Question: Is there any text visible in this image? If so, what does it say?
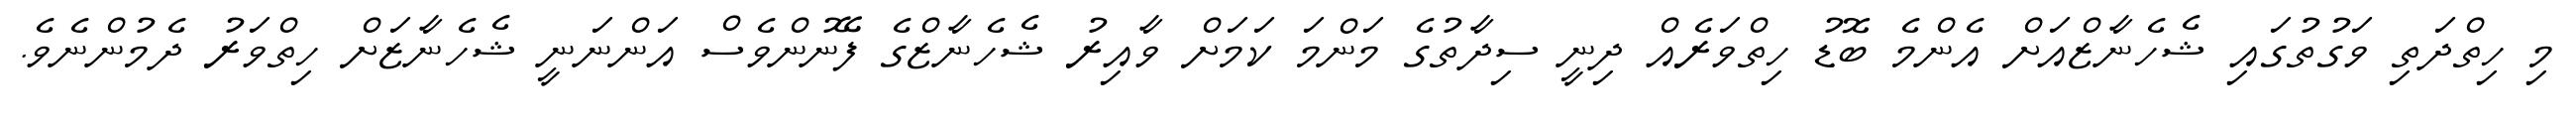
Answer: މި ހިތްދަތި ވަގުތުގައި ޝެހެނާޒްއަށް އެންމެ ބޮޑު ހިތްވަރެއް ދިނީ ސިދާތުގެ މަންމަ ކަމަށް ވާއިރު ޝެހެނާޒްގެ ފޭނުންވެސް އަންނަނީ ޝެހެނާޒަށް ހިތްވަރު ދެމުންނެވެ.